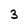
Character: 3